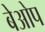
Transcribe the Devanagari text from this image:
बेओप